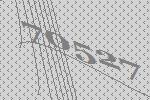
70527